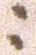
ニ